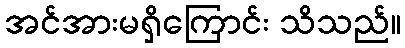
အင်အားမရှိကြောင်း သိသည်။